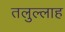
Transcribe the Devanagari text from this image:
तलुल्लाह